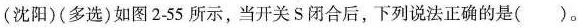
(沈阳)(多选)如图2-55所示，当开关S闭合后，下列说法正确的是()。